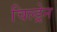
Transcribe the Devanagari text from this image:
चिल्‍ड्रेन